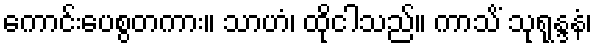
ကောင်းပေစွတကား။ သာဟံ၊ ထိုငါသည်။ ကာသိံ သုရုန္ဒနံ၊